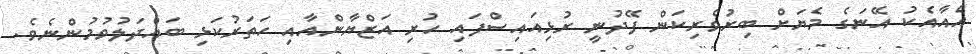
އެއާއެކު އޭނަގެ މެޔަށް ބިރުވެރިކަން ފޭދުނީ ރުޅިއައިސްފައި ހުރި އަޒްޔާންއާއި ހަތަރުކަޅި ބައްދަލުވުމުންނެވެ.